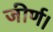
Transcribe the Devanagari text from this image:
जीर्ण।